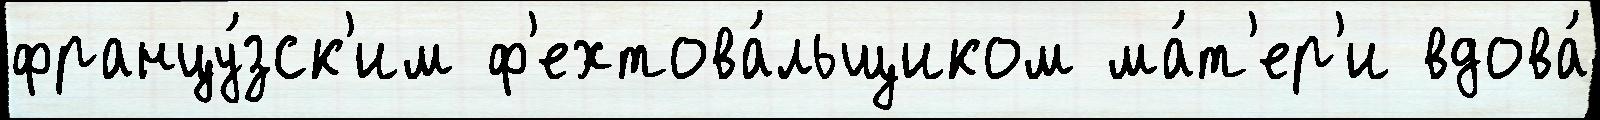
францу́зск'им ф'ехтова́льщиком ма́т'ер'и вдова́